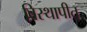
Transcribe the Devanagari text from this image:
विस्थापीत